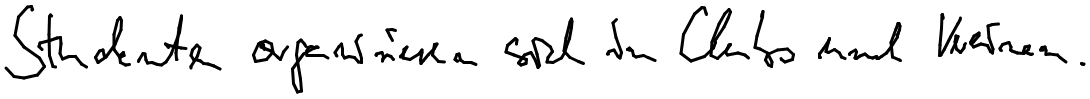
Studenten organisieren sich in Clubs und Vereinen.